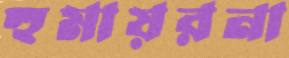
হুমায়রনা